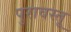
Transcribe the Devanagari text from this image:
पुरावस्तू